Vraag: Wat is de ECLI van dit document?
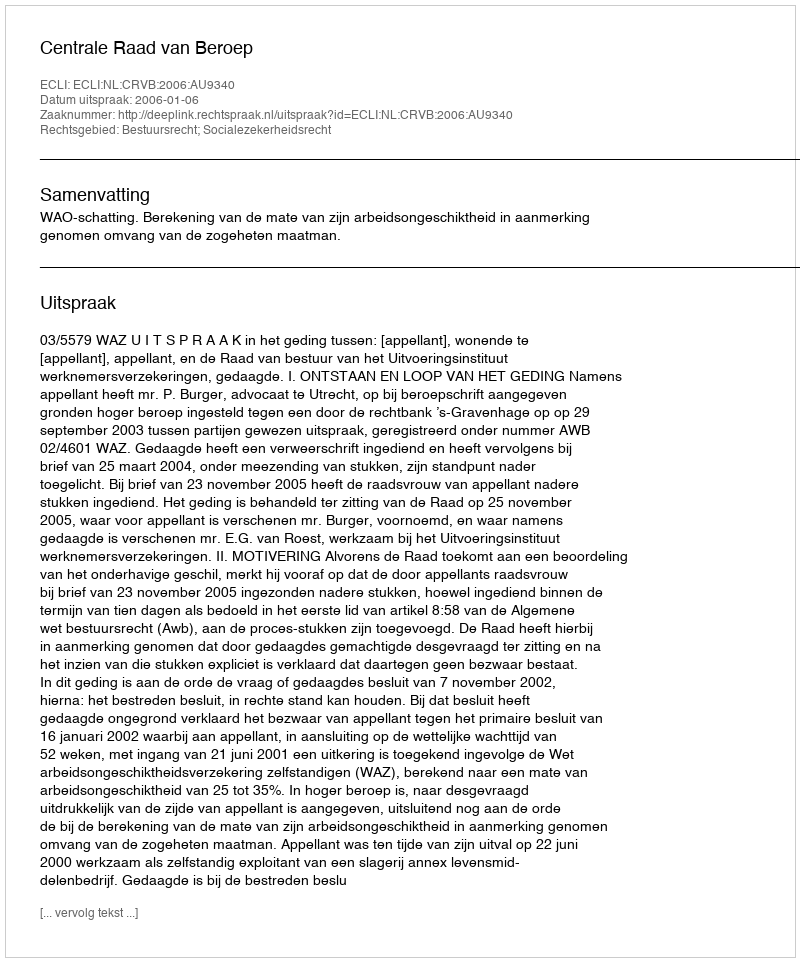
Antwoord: ECLI:NL:CRVB:2006:AU9340